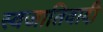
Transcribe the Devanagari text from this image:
स्वजातिवादी